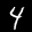
Digit: 4